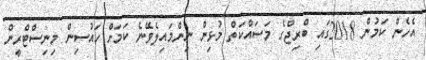
އެހެން ކަމުން 2018ގައި ބްރިޖްގެ މަސައްކަތް މުޅިން ނިންމައިލެވޭނެ ކަމަށް ހައުސިން މިނިސްޓްރީން